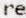
RE